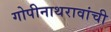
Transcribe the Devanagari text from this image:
गोपीनाथरावांची